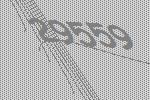
29559